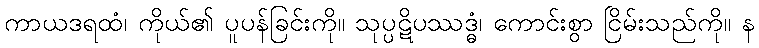
ကာယဒရထံ၊ ကိုယ်၏ ပူပန်ခြင်းကို။ သုပ္ပဋိပဿဒ္ဓံ၊ ကောင်းစွာ ငြိမ်းသည်ကို။ န